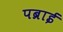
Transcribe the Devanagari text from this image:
पब्राई